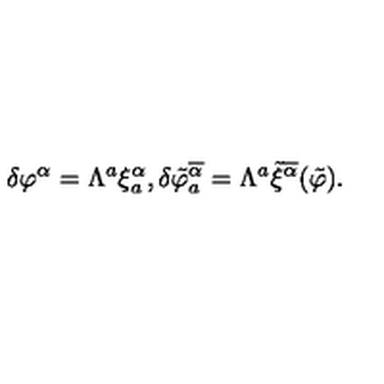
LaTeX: \delta \varphi ^ { \alpha } = \Lambda ^ { a } \xi _ { a } ^ { \alpha } , \delta \tilde { \varphi } _ { a } ^ { \overline { { \alpha } } } = \Lambda ^ { a } \tilde { \xi } ^ { \overline { { \alpha } } } ( \tilde { \varphi } ) .